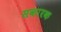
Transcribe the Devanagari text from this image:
सकारक